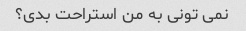
نمی تونی به من استراحت بدی؟